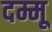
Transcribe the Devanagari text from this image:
दम्मू